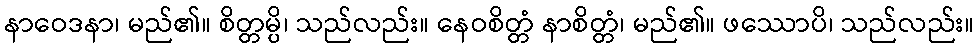
နာဝေဒနာ၊ မည်၏။ စိတ္တမ္ပိ၊ သည်လည်း။ နေဝစိတ္တံ နာစိတ္တံ၊ မည်၏။ ဖဿောပိ၊ သည်လည်း။